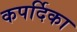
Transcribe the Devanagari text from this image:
कपर्दिका